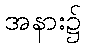
အနား၌